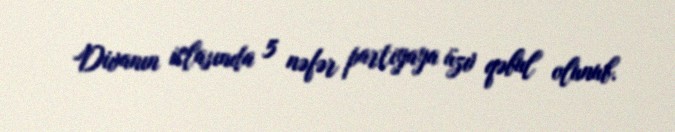
Divanın iclasında 5 nəfər partiyaya üzv qəbul olunub.